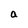
Character: a